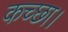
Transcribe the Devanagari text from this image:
कच्छा।